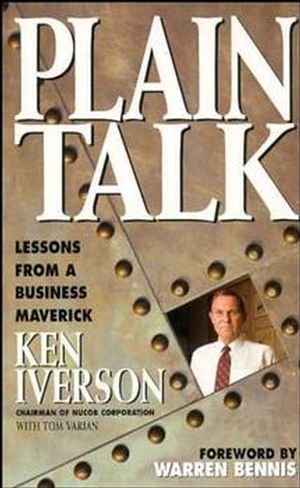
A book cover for Plain Talk: Lessons from a Business Maverick; Ken Iverson; Business & Money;